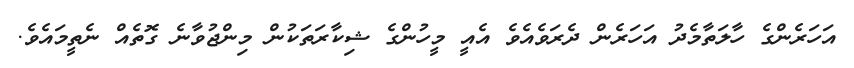
އަހަރެންގެ ހާލަތާމެދު އަހަރެން ދެރަވެއެވެ އެއީ މީހުންގެ ޝިކާރަތަކުން މިންޖުވާނެ ގޮތެއް ނެތީމައެވެ.